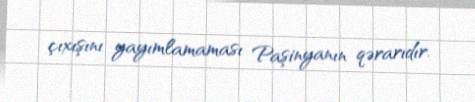
çıxışını yayımlamaması Paşinyanın qərarıdır.